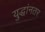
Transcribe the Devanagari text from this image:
युद्धांनतर